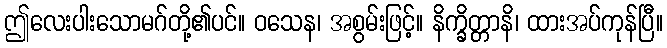
ဤလေးပါးသောမဂ်တို့၏ပင်။ ဝသေန၊ အစွမ်းဖြင့်။ နိက္ခိတ္တာနိ၊ ထားအပ်ကုန်ပြီ။